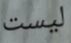
ليست